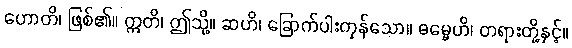
ဟောတိ၊ ဖြစ်၏။ ဣတိ၊ ဤသို့။ ဆဟိ၊ ခြောက်ပါးကုန်သော။ ဓမ္မေဟိ၊ တရားတို့နှင့်။